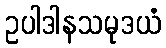
ဥပါဒါနသမုဒယံ